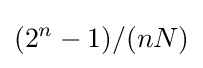
(2^{n}-1)/(nN)